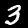
Digit: 3